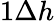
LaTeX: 1\Delta{h}